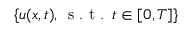
\{ u ( x , t ) , \, \mathrm { ~ s ~ . ~ t ~ . ~ } \, t \in [ 0 , T ] \}